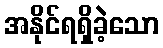
အနိုင်ရရှိခဲ့သော